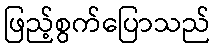
ဖြည့်စွက်ပြောသည်